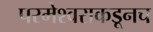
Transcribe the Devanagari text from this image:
परमेश्वराकडूनच